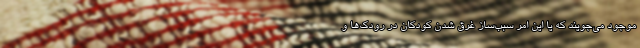
موجود مي‌جويند كه يا اين امر سبب‌ساز غرق شدن كودكان در رودك‌ها و